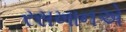
રસખાનએ